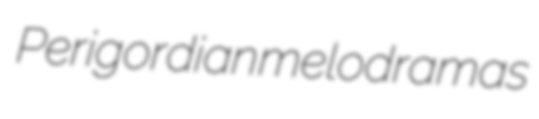
Perigordian melodramas